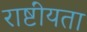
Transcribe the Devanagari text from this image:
राष्टींयता